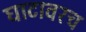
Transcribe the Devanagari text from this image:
घाटावरच